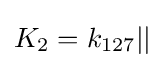
K_{2}=k_{127}||